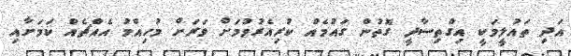
އަދި ތައުލީމަކީ އިގްތިސާދީ ގޮތުން ގައުމެއް ކުރިއެރުވުމަށް ވަރަށް މުހިއްމު އެއްޗެއް ކަމަށާއި